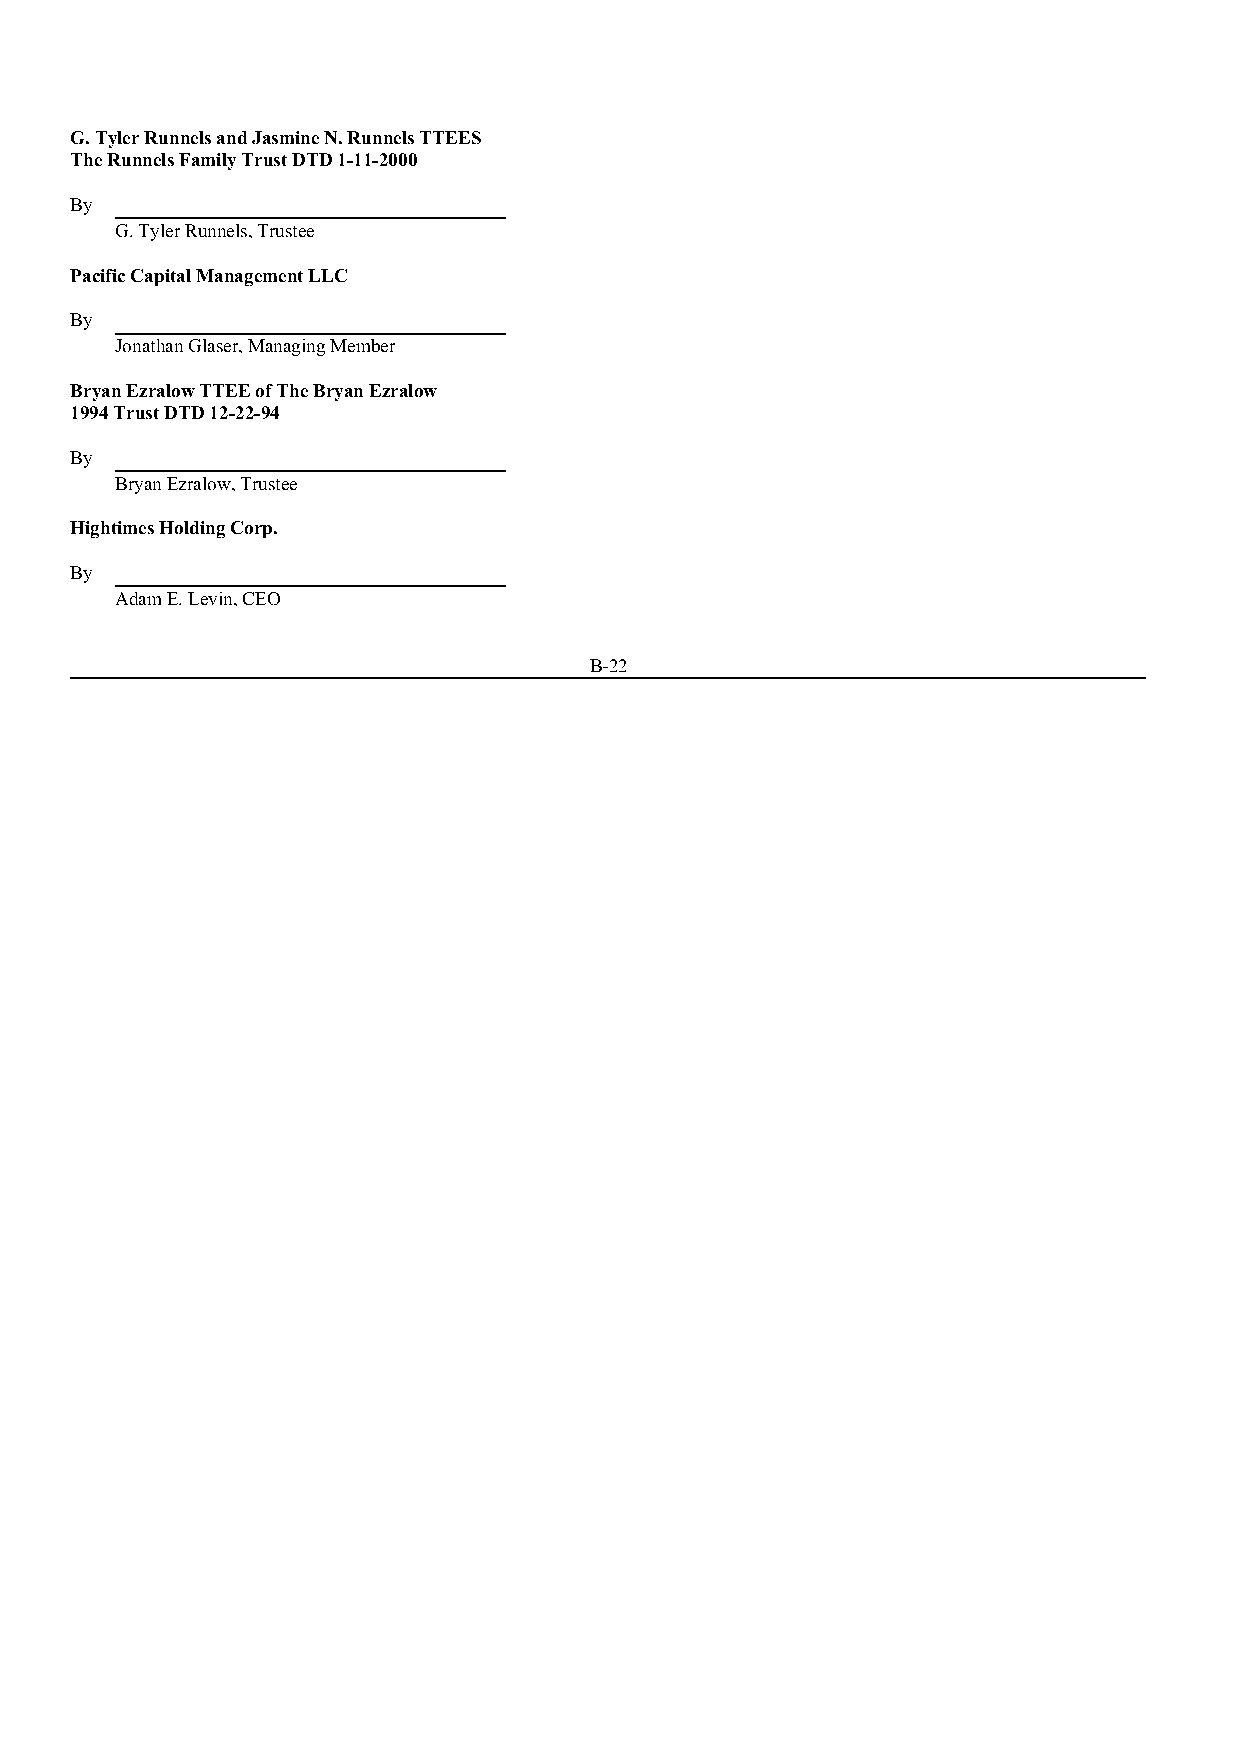
G. Tyler Runnels and Jasmine N. Runnels TTEES
 The Runnels Family Trust DTD 1-11-2000
 By
 G. Tyler Runnels, Trustee
 Pacific Capital Management LLC
 By
 Jonathan Glaser, Managing Member
 Bryan Ezralow TTEE of The Bryan Ezralow
 1994 Trust DTD 12-22-94
 By
 Bryan Ezralow, Trustee
 Hightimes Holding Corp.
 By
 Adam E. Levin, CEO
 B-22